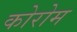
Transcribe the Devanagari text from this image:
कोरोम